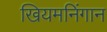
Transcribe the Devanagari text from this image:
खियमनिंगान